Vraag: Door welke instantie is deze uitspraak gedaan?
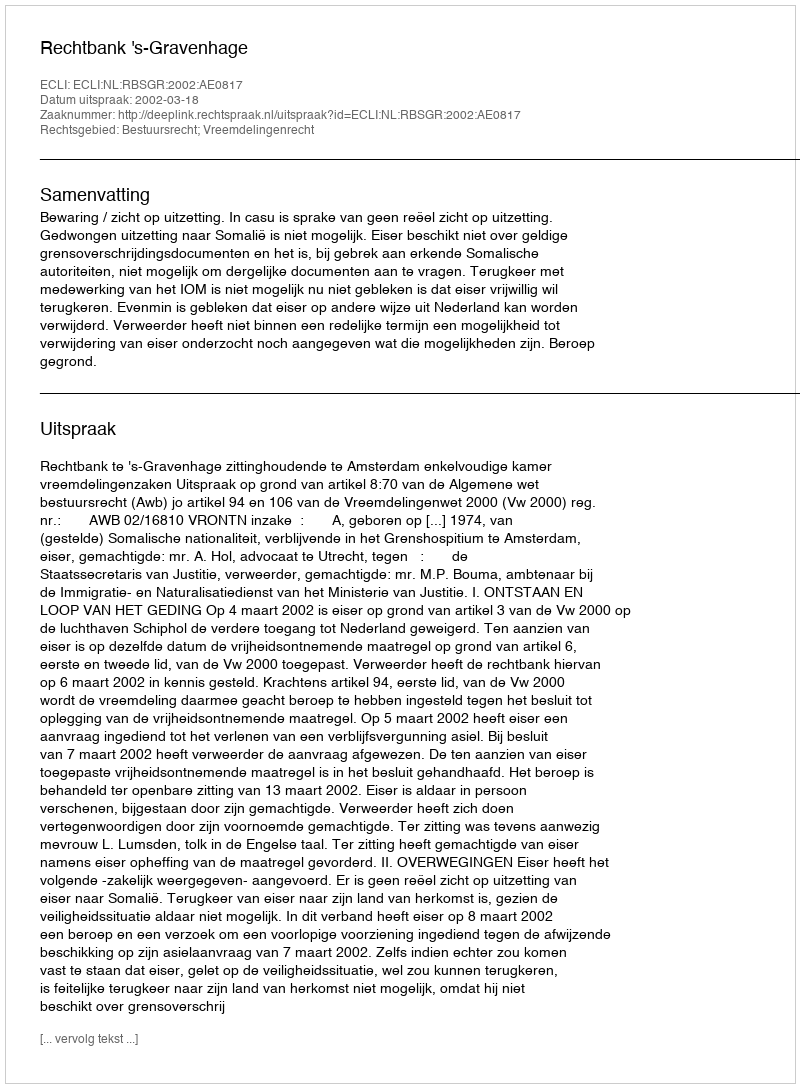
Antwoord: Rechtbank 's-Gravenhage